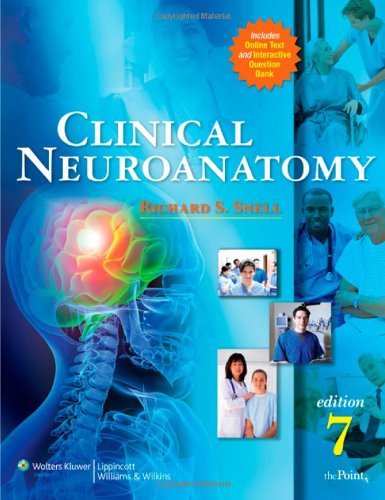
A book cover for By Richard S. Snell - Clinical Neuroanatomy: 7th (seventh) Edition; Richard S. Snell; Medical Books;